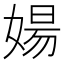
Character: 婸